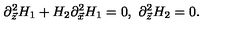
\partial _ { \vec { z } } ^ { 2 } H _ { 1 } + H _ { 2 } \partial _ { \vec { x } } ^ { 2 } H _ { 1 } = 0 , \ \partial _ { \vec { z } } ^ { 2 } H _ { 2 } = 0 .